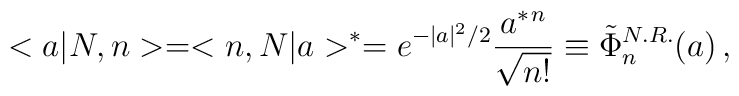
<a|N,n>=<n,N|a>^*=e^{-|a|^2/2} \frac{a^*{}^n}{\sqrt{n!}}\equiv\tilde{\Phi}_n^{N.R.}(a) \, ,